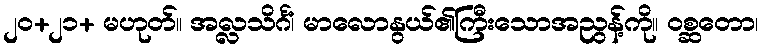
၂၀+၂၁+ မဟုတ်။ အလ္လသိင်္ဂံ၊ မာလောနွယ်၏ကြီးသောအညွန့်ကို။ ဝစ္ဆတော၊